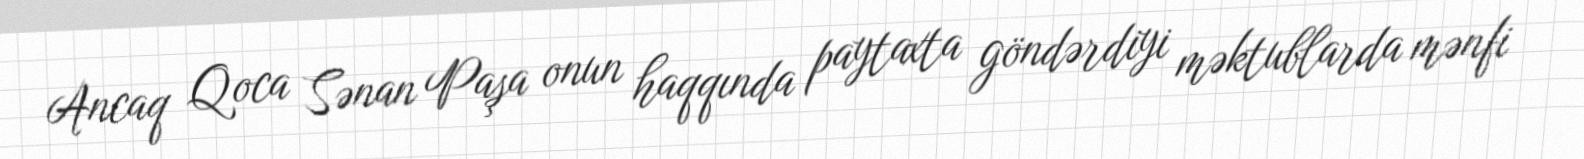
Ancaq Qoca Sənan Paşa onun haqqında paytaxta göndərdiyi məktublarda mənfi